Vabadussoja_Ajaloo_Komitee, lk 2
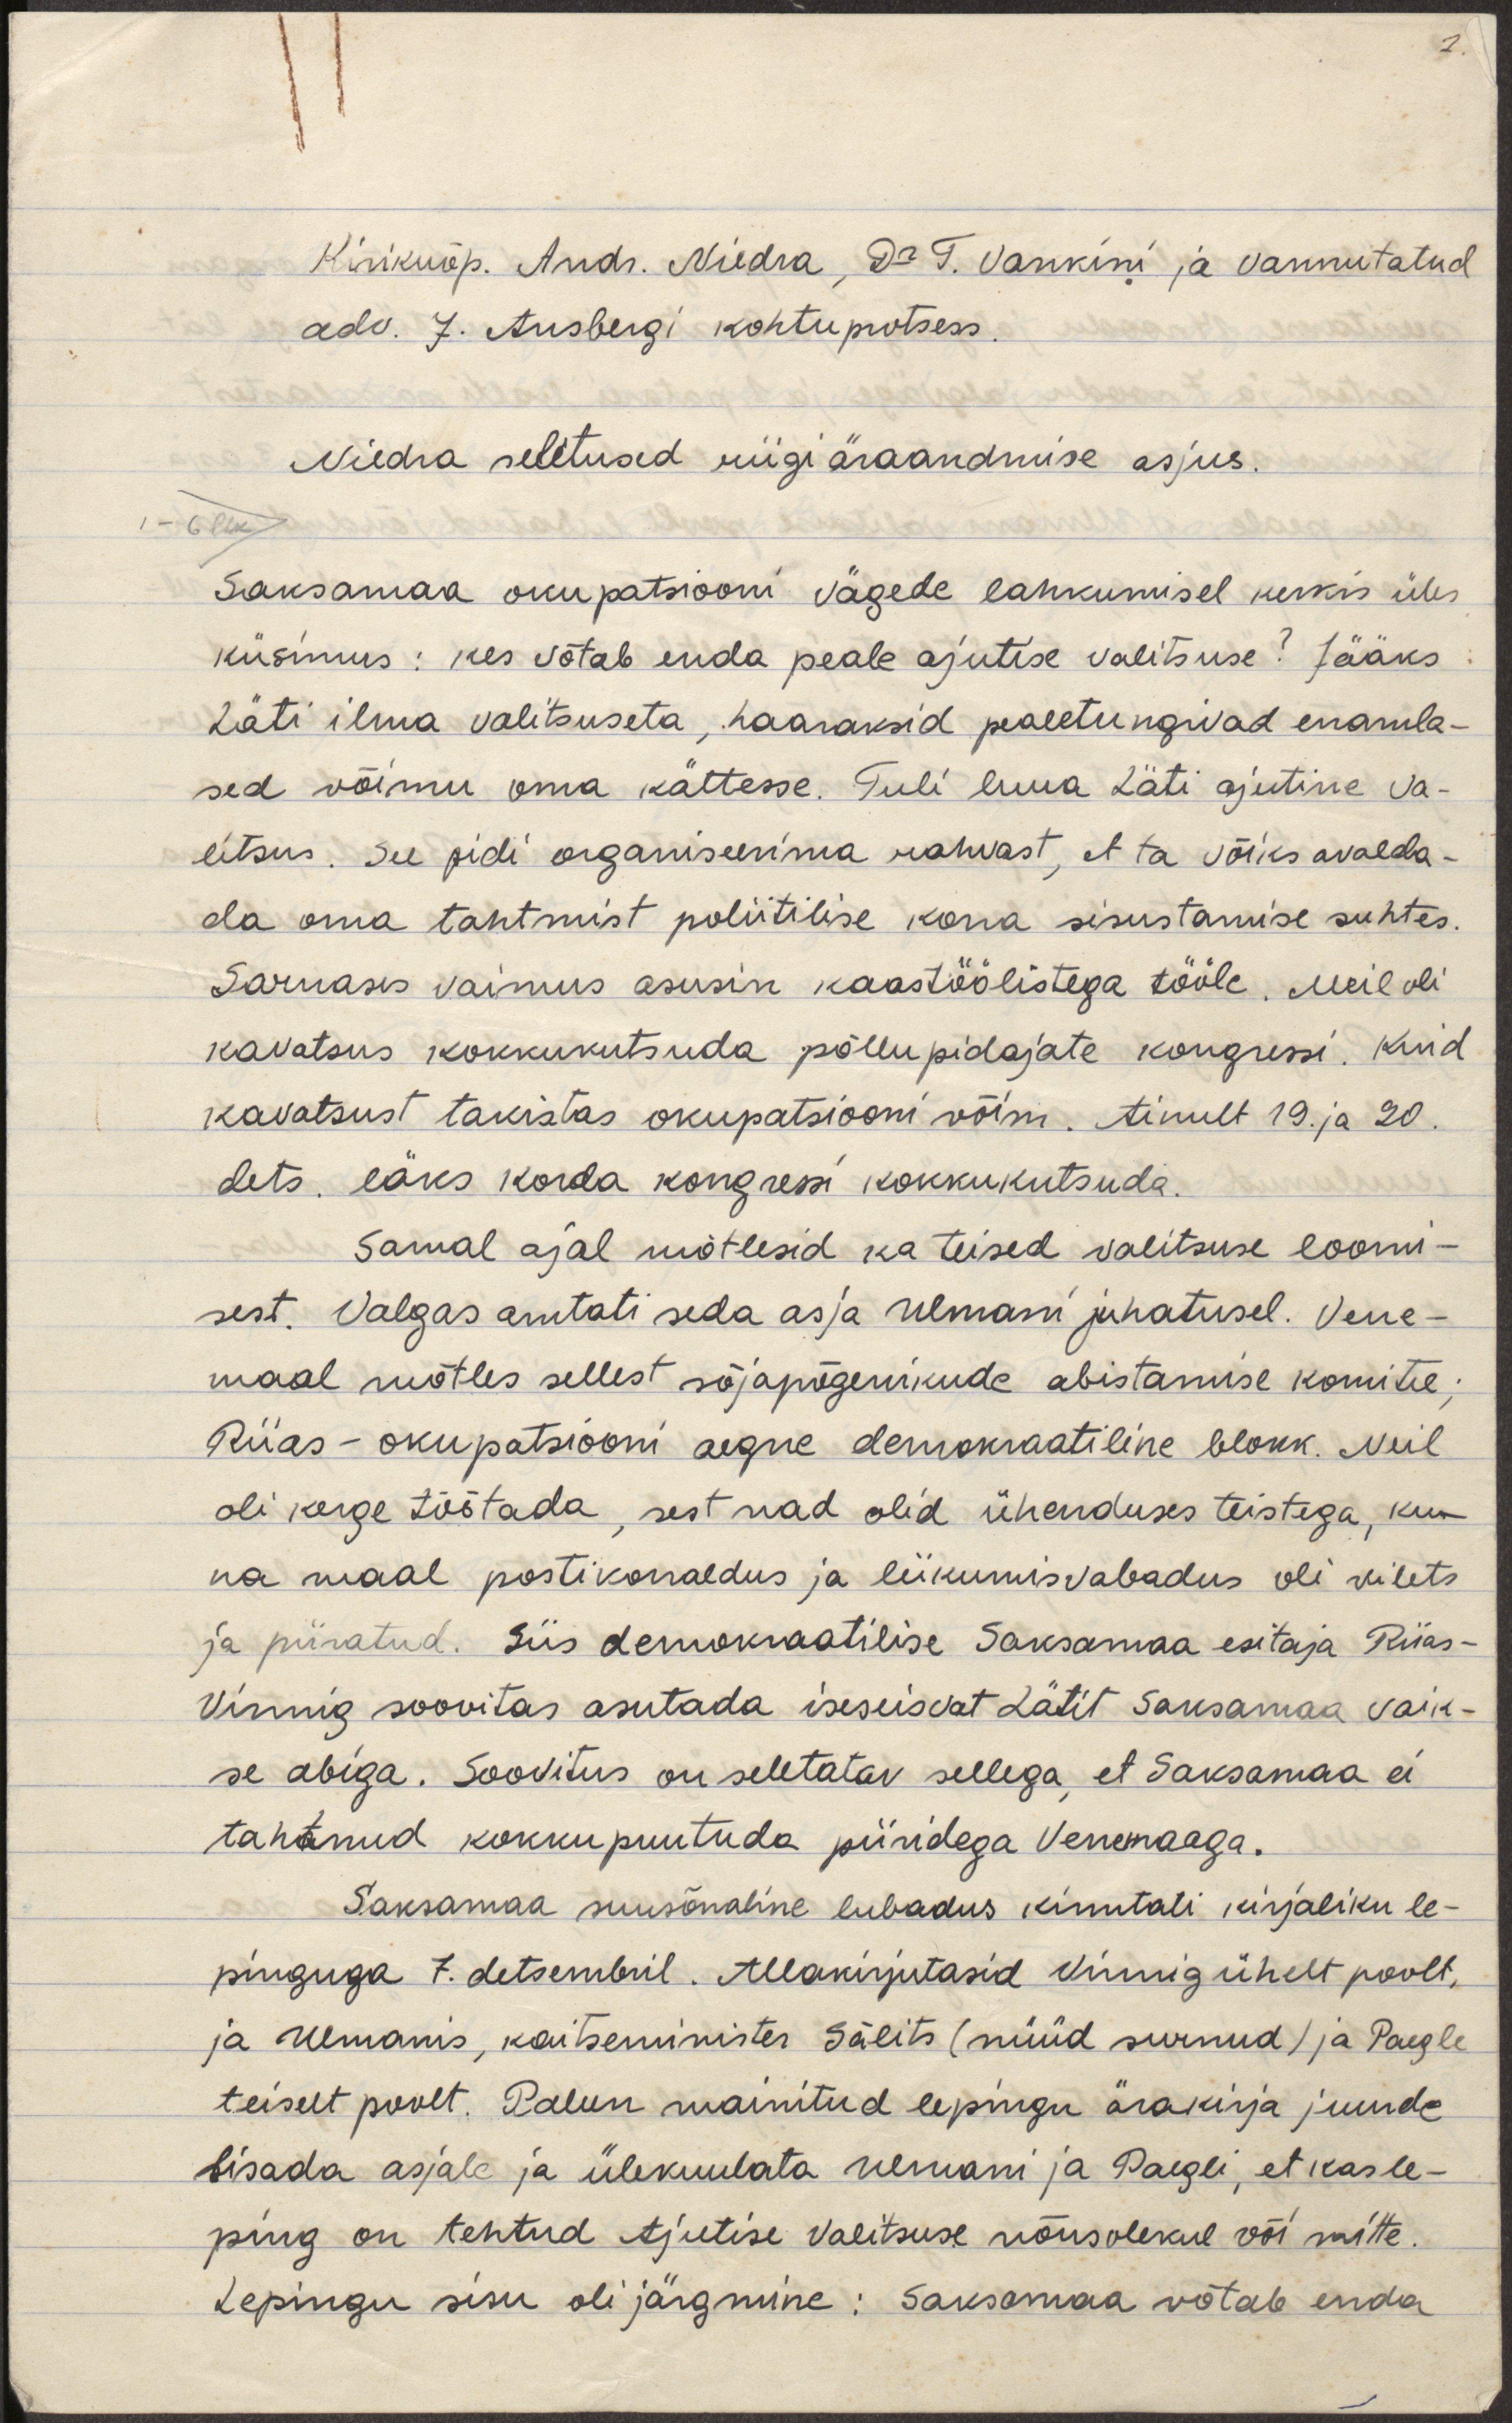
Kirikuõp. Andr. Niedra, Dr. T. Vankini ja vannutatud
adv. J. Ansbergi kohtuprotess.
Niedra seletused riigi äraandmise ajus.
Saksamaa okupatsiooni vägede lahkumisel kerkis üles
küsimus: kes võtab enda peale ajutise valitsuse? Jääks
Läti ilma valitsuseta, haaraksid pealetungivad enamla-
sed võimu oma kättesse. Tuli luua Läti ajutine va-
litsus. See pidi organiseerima rahvast, et ta võiks avalda-
da oma tahtmist poliitilise korra sisustamise suhtes.
Sarnases vaimus asusin kaastöölistega tööle. Meil oli
kavatsus kokkukutsuda põllupidajate kongressi. Kuid
kavatsust takistas okupatsiooni võim. Ainult 19. ja 20. 
dets. läks korda kongressi kokkukutsuda.
Samal ajal mõtlesid ka teised valitsuse loomi-
sest. Valgas arutati seda asja Ulmani juhatusel. Vene-
maal mõtles sellest sõjapõgenikude abistamise komitee;
Riias - okupatsiooni aegne demokraatiline blokk. Neil
oli kerge töötada, sest nad olid ühenduses teistega, ku-
na maal postikorraldus ja liikumisvabadus oli vilets
ja piiratud. Siis demokraatilise Saksamaa esitaja Riias -
Vinnig soovitas asutada iseseisvat Lätit Saksamaa vaik-
se abiga. Soovitus on seletatav sellega, et Saksamaa ei
tahtnud kokku puutuda piiridega Venemaaga.
Saksamaa suusõnaline lubadus kinnitati kirjaliku le-
pinguga 7. detsembril. Alla kirjutasid Vinnig ühelt poolt,
ja Ulmanis, kaitseminister Sālits (nüüd surnud) ja Paegle
teiselt poolt. Palun mainitud lepingu ärakirja juurde
lisada asjale ja ülekuulata Ulmani ja Paegli, et kas le-
ping on tehtud Ajutise Valitsuse nõusolekul või mitte.
Lepingu sisu oli järgmine: Saksamaa võtab enda